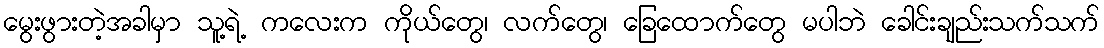
မွေးဖွားတဲ့အခါမှာ သူ့ရဲ့ ကလေးက ကိုယ်တွေ၊ လက်တွေ၊ ခြေထောက်တွေ မပါဘဲ ခေါင်းချည်းသက်သက်